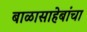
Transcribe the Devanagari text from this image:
बाळासाहेबांचा